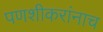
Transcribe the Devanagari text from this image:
पणशीकरांनाच